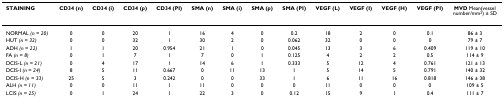
| STAINING | CD34 (n) | CD34 (i) | CD34 (p) | CD34 (PI) | SMA (n) | SMA (i) | SMA (p) | SMA (PI) | VEGF (L) | VEGF (I) | VEGF (H) | VEGF (PI) | MVD Mean(vessel number/mm2) ± SD |
 | --- | --- | --- | --- | --- | --- | --- | --- | --- | --- | --- | --- | --- | --- |
 | NORMAL (n = 20) | 0 | 0 | 20 | 1 | 16 | 4 | 0 | 0.2 | 18 | 2 | 0 | 0.1 | 86 ± 3 |
 | HUT (n = 32) | 0 | 0 | 32 | 1 | 30 | 2 | 0 | 0.062 | 32 | 0 | 0 | 0 | 79 ± 7 |
 | ADH (n = 22) | 1 | 1 | 20 | 0.954 | 21 | 1 | 0 | 0.045 | 13 | 3 | 6 | 0.409 | 119 ± 10 |
 | FA (n = 8) | 0 | 1 | 7 | 1 | 7 | 0 | 1 | 0.125 | 4 | 2 | 2 | 0.5 | 114 ± 9 |
 | DCIS-L (n = 21) | 0 | 4 | 17 | 1 | 14 | 6 | 1 | 0.333 | 5 | 12 | 4 | 0.761 | 121 ± 13 |
 | DCIS-I (n = 24) | 8 | 5 | 11 | 0.667 | 0 | 11 | 13 | 1 | 5 | 14 | 5 | 0.791 | 140 ± 32 |
 | DCIS-H (n = 33) | 25 | 5 | 3 | 0.242 | 0 | 0 | 33 | 1 | 6 | 11 | 16 | 0.818 | 146 ± 38 |
 | ALH (n = 11) | 0 | 0 | 11 | 1 | 11 | 0 | 0 | 0 | 11 | 0 | 0 | 0 | 109 ± 5 |
 | LCIS (n = 25) | 0 | 1 | 24 | 1 | 22 | 3 | 0 | 0.12 | 15 | 9 | 1 | 0.4 | 111 ± 7 |